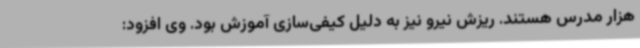
هزار مدرس هستند. ریزش نیرو نیز به دلیل کیفی‌سازی آموزش بود. وی افزود: